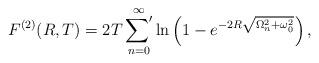
LaTeX: \begin{align*}F^{(2)}(R,T)=2T\mathop{{\sum}'}\limits_{n=0}^{\infty}\ln\left(1-e^{-2R\sqrt{\Omega_n^2+\omega_0^2}}\right),\end{align*}